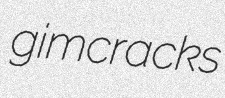
gimcracks